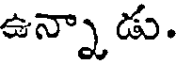
ఉన్నాడు.